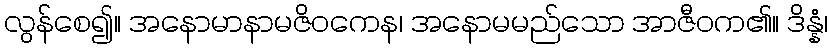
လွန်စေ၍။ အနောမာနာမဇိဝကေန၊ အနောမမည်သော အာဇီဝက၏။ ဒိန္နံ၊